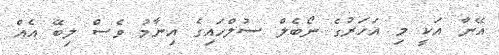
އޭނާ އަކީ މި އަހަރުގެ ނޯބެލް ސުލްހައިގެ އިނާމު ވެސް ލިބޭ އެއް